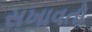
સખાવતો